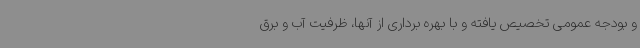
و بودجه عمومی تخصیص یافته و با بهره برداری از آنها، ظرفیت آب و برق